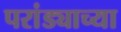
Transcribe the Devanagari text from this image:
परांड्याच्या